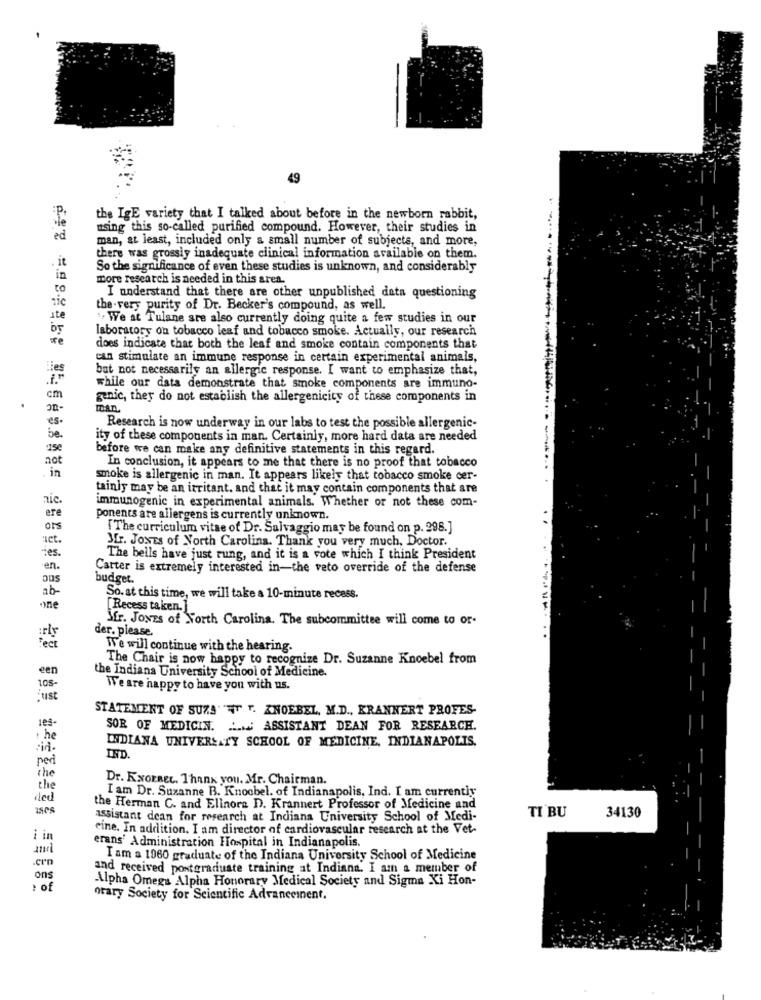
49
:P.
the IgE variety that I talked about before in the newborn rabbit,
using this so-called purified compound. However, their studies in
ed
man, at least, included only a small number of subjects, and more,
. it
there was grossly inadequate clinical information available on them.
So the significance of even these studies is unknown, and considerably
in
more research is needed in this area.
to
tic
I understand that there are other unpublished data questioning
the .very purity of Dr. Becker's compound, as well.
ste
" We at Tulane are also currently doing quite a few studies in our
by
laboratory on tobacco leaf and tobacco smoke. Actually, our research
*e
does indicate that both the leaf and smoke contain components that
can stimulate an immune response in certain experimental animals,
but not necessarily an allergic response. I want to emphasize that,
while our data demonstrate that smoke components are immuno-
cm
genic, they do not establish the allergenicity of these components in
OR-
DAD
es-
Research is now underway in our labs to test the possible allergenic-
be.
ity of these components in man. Certainly, more hard data are needed
use
before we can make any definitive statements in this regard.
not
In conclusion, it appears to me that there is no proof that tobacco
in
smoke is allergenic in man. It appears likely that tobacco smoke cer-
tainly may be an irritant. and that it may contain components that are
nic.
immunogenic in experimental animals. Whether or not these com-
ere
ponents are allergens is currently unknown.
ors
[ The curriculum vitae of Dr. Salvaggio may be found on p. 298.]
act.
ies
Mr. JONES of North Carolina. Thank you very much, Doctor.
The bells have just rung, and it is a vote which I think President
·en.
Carter is extremely interested in-the veto override of the defense
005
budget.
ab
So. at this time, we will take a 10-minute recess.
one
[Recess taken. ]
Mr. Jones of North Carolina. The subcommittee will come to or-
der. please.
We will continue with the hearing.
The Chair is now happy to recognize Dr. Suzanne Knoebel from
een
the Indiana University School of Medicine.
105-
We are happy to have you with us.
Just
STATEMENT OF SUZA FT T. KNOEBEL, M.D ., KRANNERT PROFES-
les-
SOR OF MEDICIN. ... ASSISTANT DEAN FOR RESEARCH.
. he
INDIANA UNIVERSITY SCHOOL OF MEDICINE, INDIANAPOLIS,
per
IND.
the
Dr. KNORREL. Thank you. Mr. Chairman.
the
I am Dr. Suzanne B. Knoobel. of Indianapolis, Ind. I am currently
ded
the Herman C. and Elinora D. Krannert Professor of Medicine and
34130
assistant dean for research at Indiana University School of Medi-
TI BU
eine. In addition. I am director of cardiovascular research at the Vet-
i i
erans' Administration Hospital in Indianapolis.
I am a 1960 graduate of the Indiana University School of Medicine
and received postgraduate training at Indiana. I am a member of
ons
Alpha Omega Alpha Honorary Medical Society and Sigma Xi Hon-
: of
otary Society for Scientific Advancement.